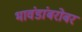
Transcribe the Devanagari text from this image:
भावंडांबरोबर